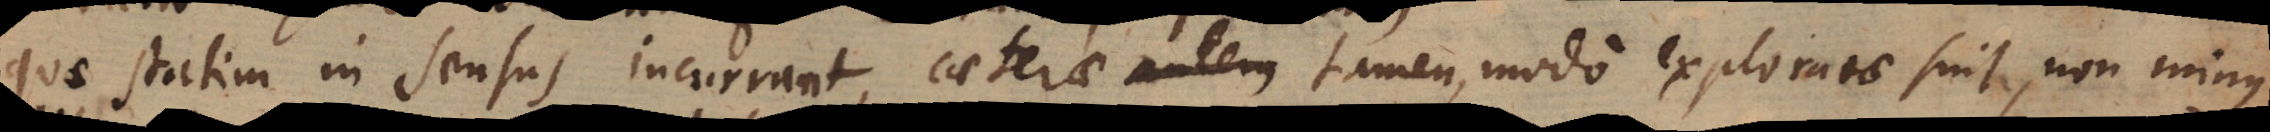
quae statim in sensus occurrunt, caeterae autem tamen, modo exploratae sint, non minus